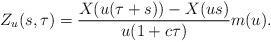
LaTeX: \begin{align*}Z_{u}(s,\tau)= \frac{X(u(\tau+s))-X(us)}{u(1+c\tau)} m(u).\end{align*}